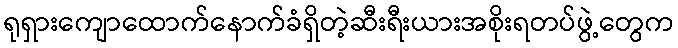
ရုရှားကျောထောက်နောက်ခံရှိတဲ့ဆီးရီးယားအစိုးရတပ်ဖွဲ့တွေက